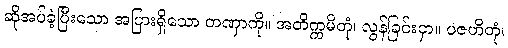
ဆိုအပ်ခဲ့ပြီးသော အပြားရှိသော တဏှာကို။ အတိက္ကမိတုံ၊ လွန်ခြင်းငှာ။ ပဇဟိတုံ၊